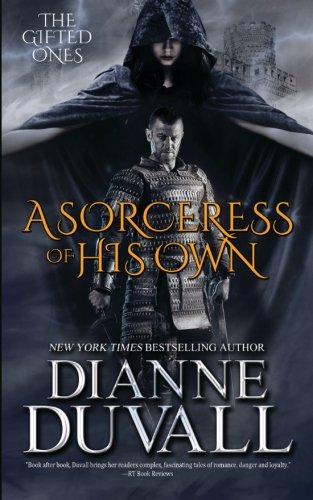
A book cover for A Sorceress of His Own (The Gifted Ones) (Volume 1); Dianne Duvall; Romance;